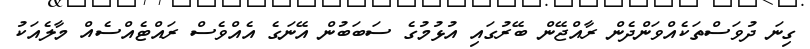
ގިނަ ދުވަސްތަކެއްވަންދެން ރާއްޖޭން ބޭރުގައި އުޅުމުގެ ސަބަބުން އޭނަގެ އެއްވެސް ރައްޓެއްސެއް މާލެއަކު